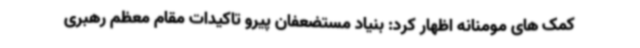
کمک های مومنانه اظهار کرد: بنیاد مستضعفان پیرو تاکیدات مقام معظم رهبری